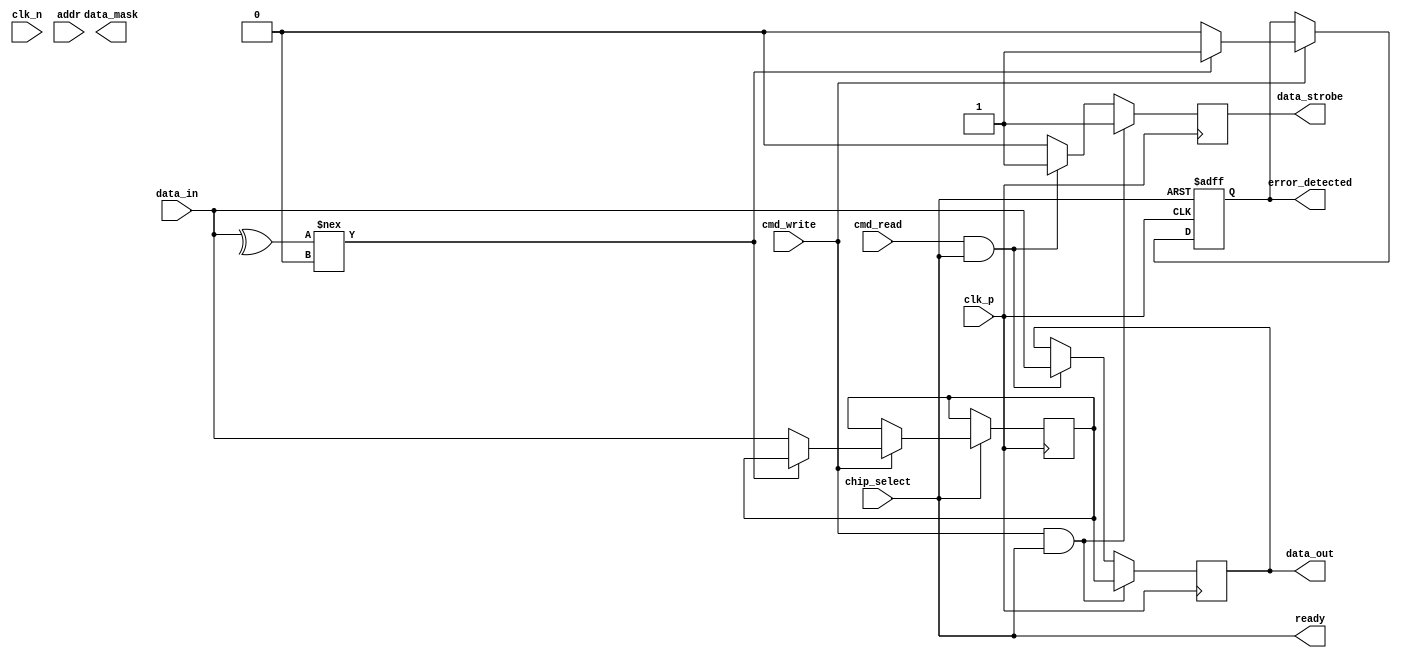
module gddr_io_block #(
    parameter DATA_WIDTH = 32,        // Data width (8, 16, 32 bits)
    parameter ADDR_WIDTH = 16,        // Address width
    parameter CLK_FREQ = 200e6        // Clock frequency
)(
    input wire clk_p,                 // Positive differential clock input
    input wire clk_n,                 // Negative differential clock input
    input wire [DATA_WIDTH-1:0] data_in, // Data input
    output wire [DATA_WIDTH-1:0] data_out, // Data output
    input wire [ADDR_WIDTH-1:0] addr, // Address input
    input wire cmd_read,              // Read command
    input wire cmd_write,             // Write command
    input wire chip_select,           // Chip select signal
    output wire data_strobe,          // Data strobe signal
    output wire error_detected,       // Error detected signal
    output wire [DATA_WIDTH-1:0] data_mask, // Data mask for write operations
    output wire ready                 // Ready signal for operation
);

    // Internal signals
    reg [DATA_WIDTH-1:0] data_reg;
    reg [DATA_WIDTH-1:0] data_out_reg;
    reg data_strobe_reg;
    reg error_detected_reg;
    reg ready_reg;

    // Clock management (PLL and skew adjustment)
    // Placeholder for PLL instantiation and clock skew adjustment logic

    // Data integrity check (simple parity check for demonstration)
    always @(posedge clk_p or negedge chip_select) begin
        if (!chip_select) begin
            error_detected_reg <= 1'b0; // Reset error flag
        end else if (cmd_write) begin
            // Simple parity check (even parity)
            if (^data_in !== 1'b0) begin
                error_detected_reg <= 1'b1; // Error detected
            end else begin
                error_detected_reg <= 1'b0; // No error
                data_reg <= data_in; // Store data
            end
        end
    end

    // Data transfer logic
    always @(posedge clk_p) begin
        if (cmd_write && chip_select) begin
            data_out_reg <= data_reg; // Write data to output
            data_strobe_reg <= 1'b1;   // Assert data strobe
        end else if (cmd_read && chip_select) begin
            data_out_reg <= data_in;   // Read data from input
            data_strobe_reg <= 1'b1;    // Assert data strobe
        end else begin
            data_strobe_reg <= 1'b0;    // Deassert data strobe
        end
    end

    // Assign outputs
    assign data_out = data_out_reg;
    assign data_strobe = data_strobe_reg;
    assign error_detected = error_detected_reg;
    assign ready = chip_select; // Ready when chip is selected

endmodule